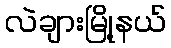
လဲချားမြို့နယ်